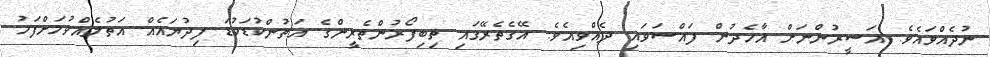
ނުދެއްވައެވެ. އަސީރުންނަށް އާހެދުން ފައްސަވައި ދެއްވިއެވެ. އޭގެތެރޭގައި ތިބިފޯރުންތެރީންގެ އަތުންކުޑަކުޑަ ފިދުޔައެއް އަތުލެއްވުމަށްފަހު